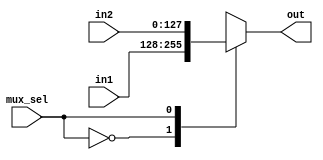
module mux_2x1 (
    input wire [127:0] in1,
    input wire [127:0] in2,
    input wire mux_sel,
    output reg [127:0] out
);
    
    always @(*) begin
        
        case (mux_sel)
            1'b0: out = in1;
            
            1'b1: out = in2;
        endcase


    end


endmodule